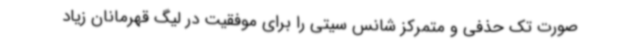
صورت تک حذفی و متمرکز شانس سیتی را برای موفقیت در لیگ قهرمانان زیاد